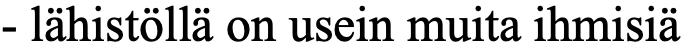
- lähistöllä on usein muita ihmisiä